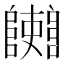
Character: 𨽄